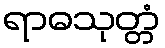
ရာဓသုတ္တံ